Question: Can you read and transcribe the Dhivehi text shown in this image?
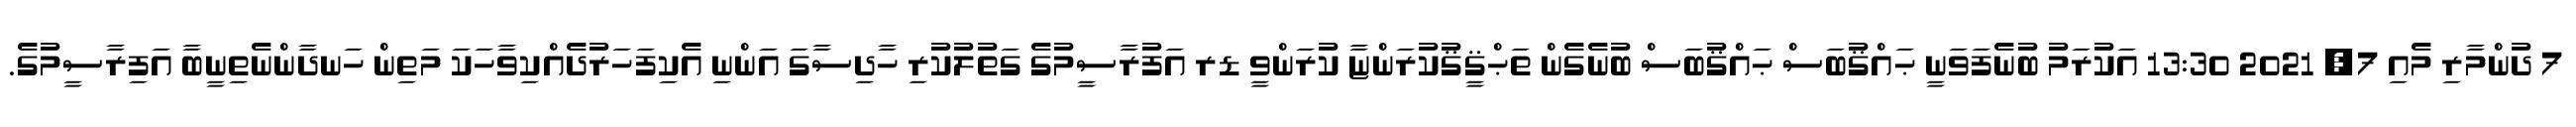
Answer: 7 ދުންމާރި މެއި 7, 2021 13:30 އަކުރަމު ބުނެފަވަނީ ޙައްޤުބަސް ޙައްޤުބަސް ބުނެގެން ތަޙްޤީޤުކުރަންޏާ ކުރަންވީ ޑރ އަފުރާސީމުގެ ގަތުލުކުރި ހާދިސާގަ އަންނި އެކިފަހަރުދެއްކިވާހަކަ މަތިން ހަނދާންނެތިނީބާ އަފިރާސީމުގެ.